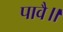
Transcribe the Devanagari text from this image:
पावै॥